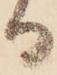
る